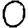
Digit: 0